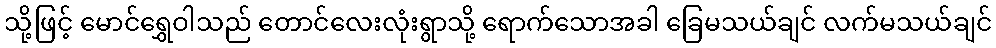
သို့ဖြင့် မောင်ရွှေဝါသည် တောင်လေးလုံးရွာသို့ ရောက်သောအခါ ခြေမသယ်ချင် လက်မသယ်ချင်